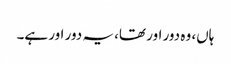
ہاں، وہ دور اور تھا، یہ دور اور ہے۔